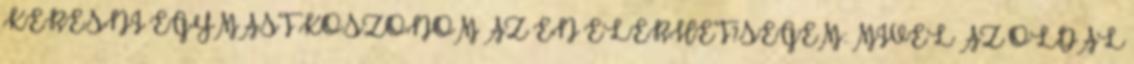
KERESNI EGYMÁST KÖSZÖNÖM AZ ÉN ELÉRHET?SÉGEM: MIVEL AZ OLDAL